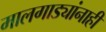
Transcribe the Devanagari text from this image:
मालगाड्यांनाही